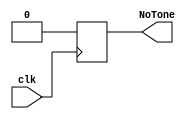
module NoTone(clk, NoTone);
	input clk;
	output reg NoTone;

	 
	 always@ (posedge clk)
		begin
			NoTone <= 1'b0;
		end


endmodule